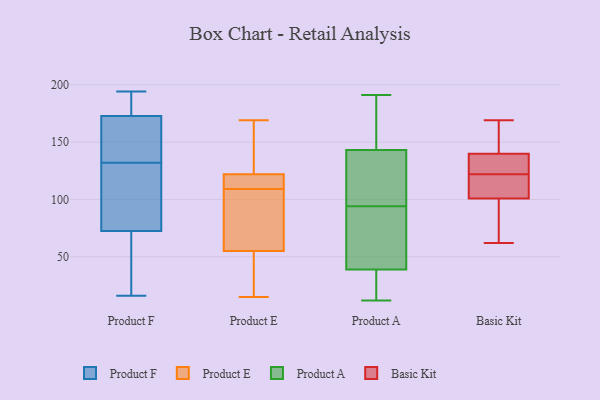
{"axis": {"x": "Energy Usage (MWh)", "y": "Value"}, "legend": ["Basic Kit", "Product A", "Product E", "Product F"], "data": [{"x": "", "y": 100, "type": "Product F"}, {"x": "", "y": 64, "type": "Product F"}, {"x": "", "y": 194, "type": "Product F"}, {"x": "", "y": 16, "type": "Product F"}, {"x": "", "y": 179, "type": "Product F"}, {"x": "", "y": 98, "type": "Product F"}, {"x": "", "y": 172, "type": "Product F"}, {"x": "", "y": 173, "type": "Product F"}, {"x": "", "y": 162, "type": "Product F"}, {"x": "", "y": 132, "type": "Product F"}, {"x": "", "y": 36, "type": "Product F"}, {"x": "", "y": 106, "type": "Product E"}, {"x": "", "y": 99, "type": "Product E"}, {"x": "", "y": 115, "type": "Product E"}, {"x": "", "y": 55, "type": "Product E"}, {"x": "", "y": 36, "type": "Product E"}, {"x": "", "y": 115, "type": "Product E"}, {"x": "", "y": 15, "type": "Product E"}, {"x": "", "y": 43, "type": "Product E"}, {"x": "", "y": 121, "type": "Product E"}, {"x": "", "y": 112, "type": "Product E"}, {"x": "", "y": 122, "type": "Product E"}, {"x": "", "y": 59, "type": "Product E"}, {"x": "", "y": 55, "type": "Product E"}, {"x": "", "y": 123, "type": "Product E"}, {"x": "", "y": 139, "type": "Product E"}, {"x": "", "y": 62, "type": "Product E"}, {"x": "", "y": 140, "type": "Product E"}, {"x": "", "y": 169, "type": "Product E"}, {"x": "", "y": 41, "type": "Product A"}, {"x": "", "y": 83, "type": "Product A"}, {"x": "", "y": 63, "type": "Product A"}, {"x": "", "y": 90, "type": "Product A"}, {"x": "", "y": 94, "type": "Product A"}, {"x": "", "y": 191, "type": "Product A"}, {"x": "", "y": 117, "type": "Product A"}, {"x": "", "y": 143, "type": "Product A"}, {"x": "", "y": 133, "type": "Product A"}, {"x": "", "y": 143, "type": "Product A"}, {"x": "", "y": 12, "type": "Product A"}, {"x": "", "y": 14, "type": "Product A"}, {"x": "", "y": 145, "type": "Product A"}, {"x": "", "y": 27, "type": "Product A"}, {"x": "", "y": 33, "type": "Product A"}, {"x": "", "y": 185, "type": "Product A"}, {"x": "", "y": 117, "type": "Product A"}, {"x": "", "y": 142, "type": "Basic Kit"}, {"x": "", "y": 141, "type": "Basic Kit"}, {"x": "", "y": 83, "type": "Basic Kit"}, {"x": "", "y": 62, "type": "Basic Kit"}, {"x": "", "y": 105, "type": "Basic Kit"}, {"x": "", "y": 136, "type": "Basic Kit"}, {"x": "", "y": 131, "type": "Basic Kit"}, {"x": "", "y": 122, "type": "Basic Kit"}, {"x": "", "y": 100, "type": "Basic Kit"}, {"x": "", "y": 169, "type": "Basic Kit"}, {"x": "", "y": 103, "type": "Basic Kit"}]}